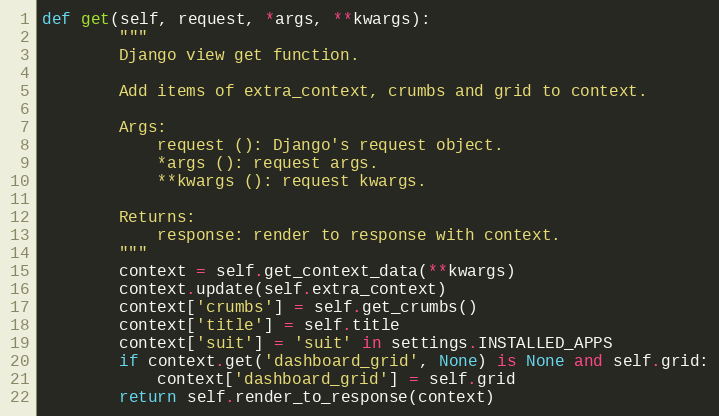
Language: Python
def get(self, request, *args, **kwargs):
        """
        Django view get function.

        Add items of extra_context, crumbs and grid to context.

        Args:
            request (): Django's request object.
            *args (): request args.
            **kwargs (): request kwargs.

        Returns:
            response: render to response with context.
        """
        context = self.get_context_data(**kwargs)
        context.update(self.extra_context)
        context['crumbs'] = self.get_crumbs()
        context['title'] = self.title
        context['suit'] = 'suit' in settings.INSTALLED_APPS
        if context.get('dashboard_grid', None) is None and self.grid:
            context['dashboard_grid'] = self.grid
        return self.render_to_response(context)